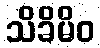
သိခိမိဝ